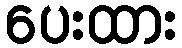
ပေးထား